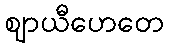
ဈာယီဟေတေ